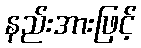
နည်းအားဖြင့်